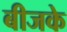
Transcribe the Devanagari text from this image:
बीजके